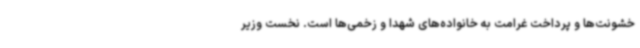
خشونت‌ها و پرداخت غرامت به خانواده‌های شهدا و زخمی‌ها است. نخست وزیر